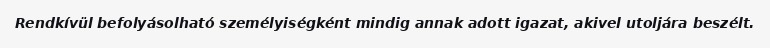
Rendkívül befolyásolható személyiségként mindig annak adott igazat, akivel utoljára beszélt.